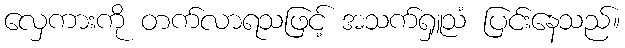
လှေကားကို တက်လာရသဖြင့် အသက်ရှူသံ ပြင်းနေသည်။